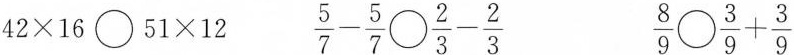
$$4 2 \times 1 6 \bigcirc 5 1 \times 1 2$$ \frac { 5 } { 7 } - \frac { 5 } { 7 } \ \frac { 2 } { 3 } - \frac { 2 } { 3 }$$ $$\frac { 8 } { 9 } \frac { 3 } { 9 } + \frac { 3 } { 9 }$$